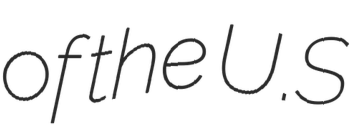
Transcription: of the U.S